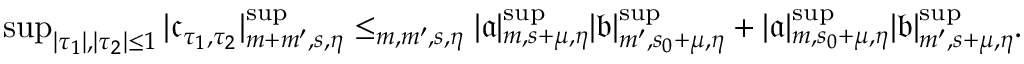
\begin{array} { r } { \operatorname* { s u p } _ { | \tau _ { 1 } | , | \tau _ { 2 } | \le 1 } | \mathfrak { c } _ { \tau _ { 1 } , \tau _ { 2 } } | _ { m + m ^ { \prime } , s , \eta } ^ { \operatorname* { s u p } } \le _ { m , m ^ { \prime } , s , \eta } | \mathfrak { a } | _ { m , s + \mu , \eta } ^ { \operatorname* { s u p } } | \mathfrak { b } | _ { m ^ { \prime } , s _ { 0 } + \mu , \eta } ^ { \operatorname* { s u p } } + | \mathfrak { a } | _ { m , s _ { 0 } + \mu , \eta } ^ { \operatorname* { s u p } } | \mathfrak { b } | _ { m ^ { \prime } , s + \mu , \eta } ^ { \operatorname* { s u p } } . } \end{array}